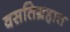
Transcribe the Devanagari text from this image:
वसतिग्रहात